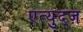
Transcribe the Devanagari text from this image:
एत्युद्ज़